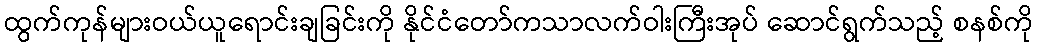
ထွက်ကုန်များဝယ်ယူရောင်းချခြင်းကို နိုင်ငံတော်ကသာလက်ဝါးကြီးအုပ် ဆောင်ရွက်သည့် စနစ်ကို